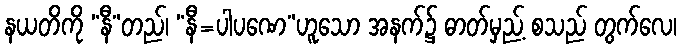
နယတိကို “နီ”တည်၊ “နီ=ပါပဏေ”ဟူသော အနက်၌ ဓာတ်မှည့် စသည် တွက်လေ၊